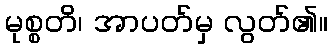
မုစ္စတိ၊ အာပတ်မှ လွတ်၏။